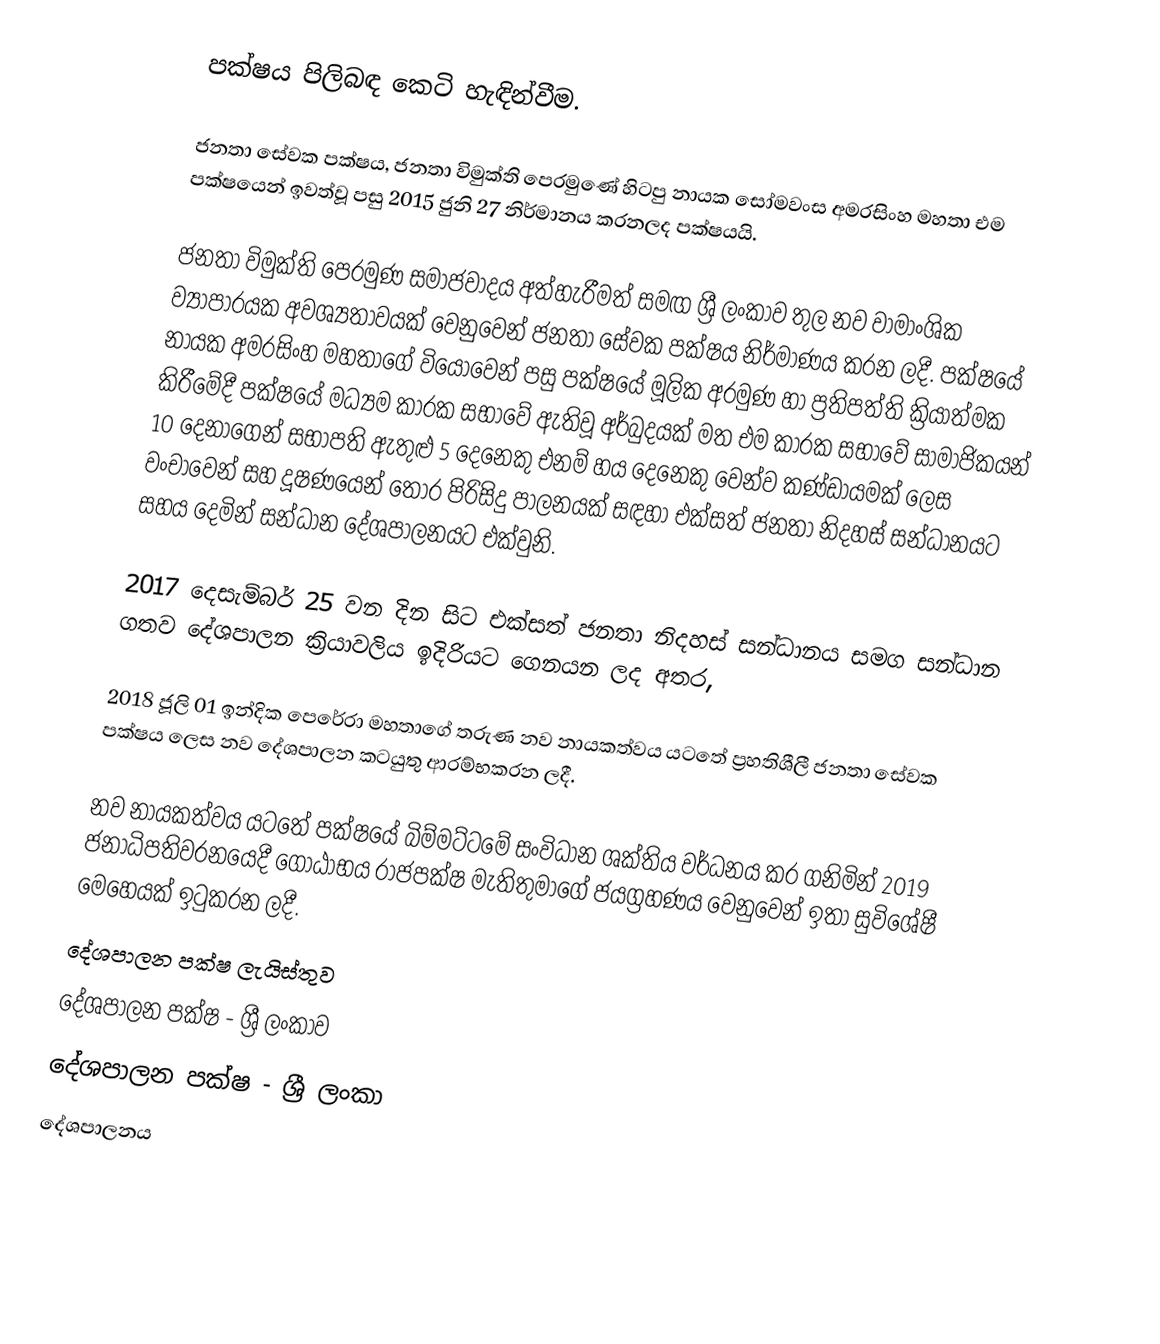
පක්ෂය පිලිබඳ කෙටි හැඳින්වීම.

ජනතා සේවක පක්ෂය, ජනතා විමුක්ති පෙරමුණේ හිටපු නායක සෝමවංස අමරසිංහ මහතා එම පක්ෂයෙන් ඉවත්වූ පසු 2015 ජුනි 27 නිර්මානය කරනලද පක්ෂයයි.

ජනතා විමුක්ති පෙරමුණ සමාජවාදය අත්හැරීමත් සමඟ ශ්‍රී ලංකාව තුල නව වාමාංශික ව්‍යාපාරයක අවශ්‍යතාවයක්  වෙනුවෙන් ජනතා සේවක පක්ෂය නිර්මාණය කරන ලදී. පක්ෂයේ නායක අමරසිංහ මහතාගේ වියෝවෙන් පසු පක්ෂයේ මූලික අරමුණ හා ප්‍රතිපත්ති ක්‍රියාත්මක කිරීමේදී පක්ෂයේ මධ්‍යම කාරක සභාවේ ඇතිවූ අර්බුදයක් මත එම කාරක සභාවේ සාමාජිකයන් 10 දෙනාගෙන් සභාපති ඇතුළු 5 දෙනෙකු එනම් හය දෙනෙකු වෙන්ව කණ්ඩායමක් ලෙස වංචාවෙන් සහ දූෂණයෙන් තොර පිරිසිදු පාලනයක් සඳහා එක්සත් ජනතා නිදහස්  සන්ධානයට සහය දෙමින් සන්ධාන දේශපාලනයට එක්වුනි.

2017 දෙසැම්බර් 25 වන දින සිට  එක්සත් ජනතා නිදහස් සන්ධානය සමග සන්ධාන ගතව දේශපාලන ක්‍රියාවලිය ඉදිරියට ගෙනයන ලද අතර,

2018 ජූලි 01 ඉන්දික පෙරේරා මහතාගේ තරුණ නව නායකත්වය යටතේ ප්‍රහතිශීලී ජනතා සේවක පක්ෂය ලෙස නව දේශපාලන කටයුතු ආරම්භකරන ලදී.

නව නායකත්වය යටතේ පක්ෂයේ බිම්මට්ටමේ සංවිධාන ශක්තිය වර්ධනය කර ගනිමින් 2019 ජනාධිපතිවරනයෙදී ගෝඨාභය රාජපක්ෂ මැතිතුමාගේ ජයග්‍රහණය වෙනුවෙන් ඉතා සුවිශේෂී මෙහෙයක් ඉටුකරන ලදී.
දේශපාලන පක්ෂ ලැයිස්තුව
දේශපාලන පක්ෂ - ශ්‍රී ලංකාව
දේශපාලන පක්ෂ - ශ්‍රී ලංකා
දේශපාලනය